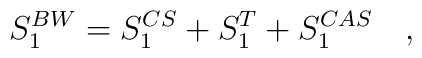
S_1^{BW}=S_1^{CS}+S_1^T+S_1^{CAS}~~~,